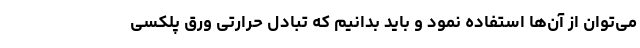
می‌توان از آن‌ها استفاده نمود و باید بدانیم که تبادل حرارتی ورق پلکسی